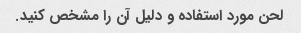
لحن مورد استفاده و دلیل آن را مشخص کنید.